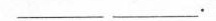
___ ___.